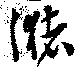
潴